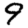
Digit: 9